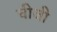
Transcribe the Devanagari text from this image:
चीजी